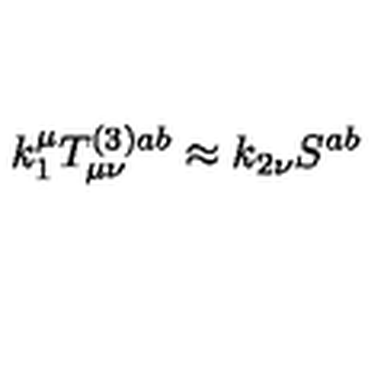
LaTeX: k _ { 1 } ^ { \mu } T _ { \mu \nu } ^ { ( 3 ) a b } \approx k _ { 2 \nu } S ^ { a b }